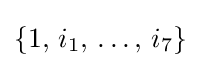
\{1,\,i_{1},\,\dots ,\,i_{7}\}